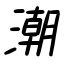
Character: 潮